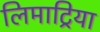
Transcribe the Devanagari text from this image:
लिमाट्रिया